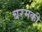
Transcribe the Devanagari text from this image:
बरमकी